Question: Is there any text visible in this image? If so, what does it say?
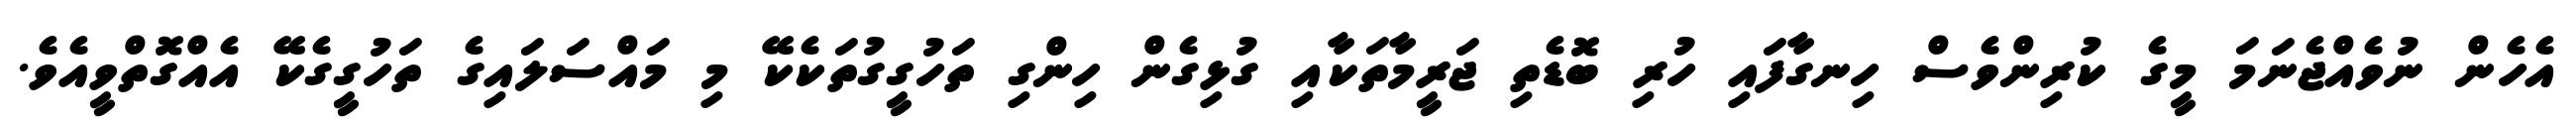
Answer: އެހެން ނުވެއްޖެނަމަ މީގެ ކުރިންވެސް ހިނގާފައި ހުރި ބޮޑެތި ޖަރީމާތަކާއި ގުޅިގެން ހިންގި ތަހުގީގުތަކެކޭ މި މައްސަލައިގެ ތަހުގީގެކޭ އެއްގޮތްވީއެވެ.